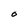
Character: O